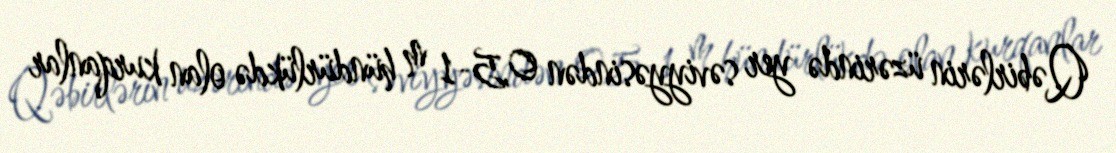
Qəbirlərin üzərində yer səviyyəsindən 0,5-1 m hündürlükdə olan kurqanlar